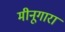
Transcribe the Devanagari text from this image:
मीनूगारा